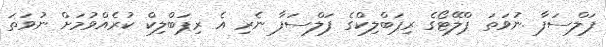
ފަލްސަފާ .ނުވަތަ ޕްލޭޓޯގެ ރިޕަބްލިކްގެ ފަލްސަފާ ނެރި އެ ރިޕަބްލިކް ކުރެއްވުމަށް ނުވަތަ